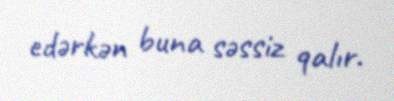
edәrkәn buna sәssiz qalır.